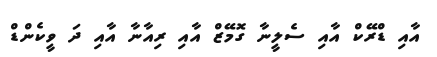
އާއި ޑްރޭކް އާއި ސެލީނާ ގޮމޭޒް އާއި ރިއާނާ އާއި ދަ ވީކެންޑް